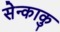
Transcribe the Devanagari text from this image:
सेन्काकु